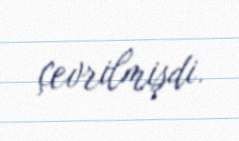
çevrilmişdi.